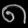
Digit: ၈